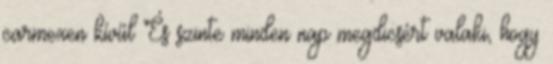
carmexen kívűl És szinte minden nap megdicsért valaki, hogy